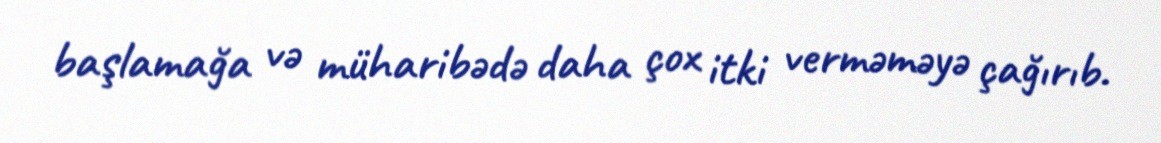
başlamağa və müharibədə daha çox itki verməməyə çağırıb.